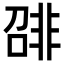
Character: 𬰛